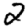
Digit: 2